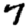
Digit: 7